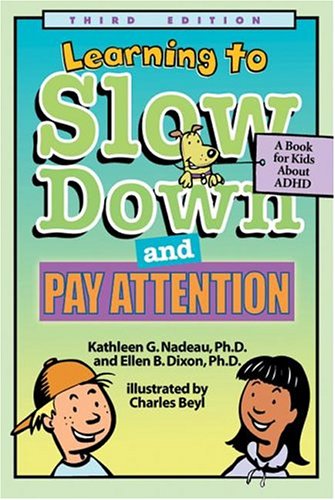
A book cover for Learning To Slow Down & Pay Attention: A Book for Kids About ADHD; Kathleen G. Nadeau; Medical Books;